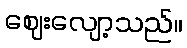
ဈေးလျော့သည်။